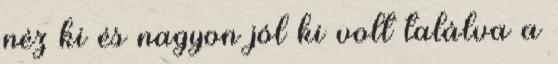
néz ki és nagyon jól ki volt találva a